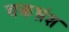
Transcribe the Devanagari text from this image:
चक्रभ्रंश